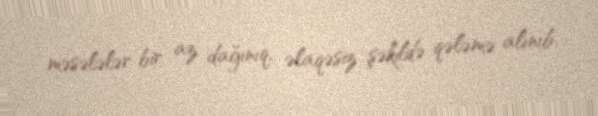
məsələlər bir az dağınıq, əlaqəsiz şəkildə qələmə alınıb.